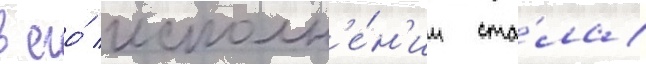
в его́ исполн'е́н'ии ста́ла